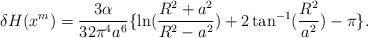
LaTeX: \begin{align*}\delta H(x^m) = \frac{3\alpha}{32 \pi^4 a^{6}} \lbrace \ln(\frac{R^2+a^2}{R^2-a^2}) + 2 \tan^{-1} (\frac{R^2}{a^2}) - \pi\rbrace.\end{align*}